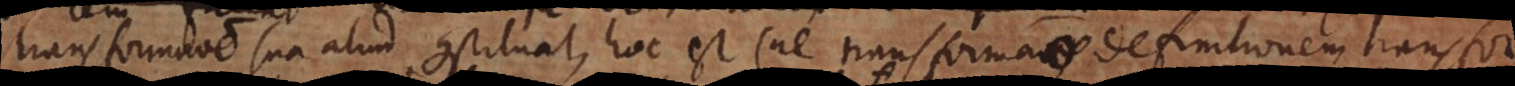
transformatione sua aliud constituat, hoc est (ne transformatio definitionem transfor